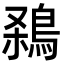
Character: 𪁁